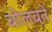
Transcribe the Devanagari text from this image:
बोलवते